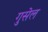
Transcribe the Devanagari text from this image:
गुसेल